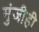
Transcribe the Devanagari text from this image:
मुंजीही